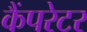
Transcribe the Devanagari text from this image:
कैंपरेटर